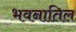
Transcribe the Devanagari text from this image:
भवनातिल